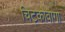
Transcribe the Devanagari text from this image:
चिट्कोवागा